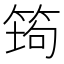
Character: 𰩿